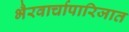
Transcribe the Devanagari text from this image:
भैरवार्चापारिजात